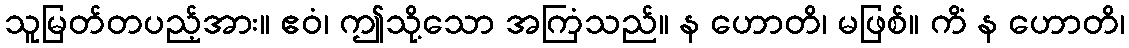
သူမြတ်တပည့်အား။ ဧဝံ၊ ဤသို့သော အကြံသည်။ န ဟောတိ၊ မဖြစ်။ ကိံ န ဟောတိ၊